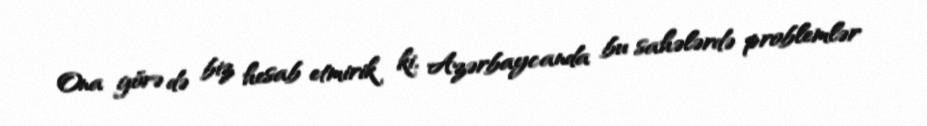
Ona görə də biz hesab etmirik ki, Azərbaycanda bu sahələrdə problemlər